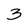
Character: 3